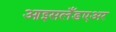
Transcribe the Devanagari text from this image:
आइसलँडएअर